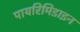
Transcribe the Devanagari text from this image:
पायरिमिडाइन